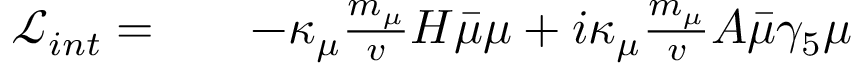
\begin{array} { r l r } { \mathcal { L } _ { i n t } = } & { { } } & { - \kappa _ { \mu } \frac { m _ { \mu } } { v } H \bar { \mu } \mu + i \kappa _ { \mu } \frac { m _ { \mu } } { v } A \bar { \mu } \gamma _ { 5 } \mu } \end{array}